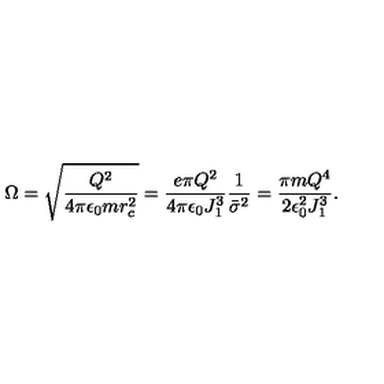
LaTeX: \Omega = \sqrt { \frac { Q ^ { 2 } } { 4 \pi \epsilon _ { 0 } m r _ { c } ^ { 2 } } } = { \frac { e \pi Q ^ { 2 } } { 4 \pi \epsilon _ { 0 } J _ { 1 } ^ { 3 } } } { \frac { 1 } { { \bar { \sigma } } ^ { 2 } } } = { \frac { \pi m Q ^ { 4 } } { 2 \epsilon _ { 0 } ^ { 2 } J _ { 1 } ^ { 3 } } } .